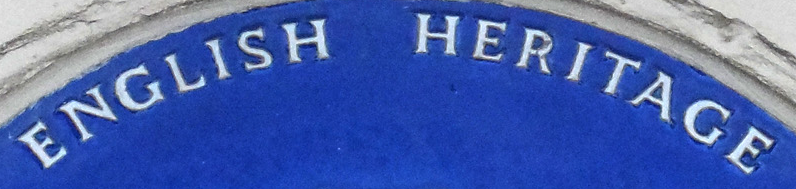
ENGLISH HERITAGE